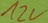
Text: 12V